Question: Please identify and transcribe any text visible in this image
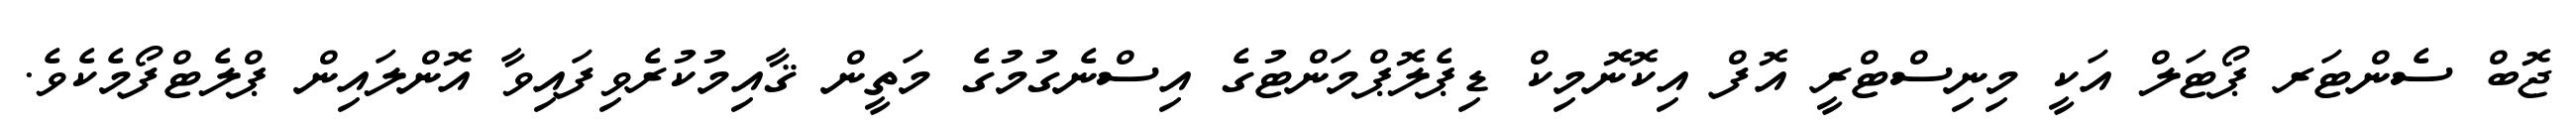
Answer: ޖޮބް ސެންޓަރ ޕޯޓަލް އަކީ މިނިސްޓްރީ އޮފް އިކޮނޮމިކް ޑިޕެލޮޕްމަންޓުގެ އިސްނެގުމުގެ މަތީން ޤާއިމުކުރެވިފައިވާ އޮންލައިން ޕްލެޓްފޯމެކެވެ.